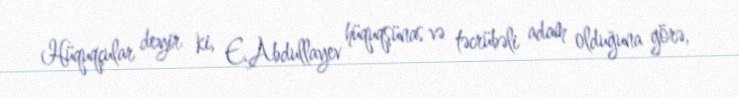
Hüquqçular deyir ki, E.Abdullayev hüquqşünas və təcrübəli adam olduğuna görə,